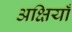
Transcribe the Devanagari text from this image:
अक्षियाँ